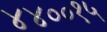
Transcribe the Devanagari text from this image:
४४००१५